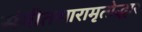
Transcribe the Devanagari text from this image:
संगीतसारामृतोद्धार